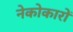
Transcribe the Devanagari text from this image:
नेकोकारों